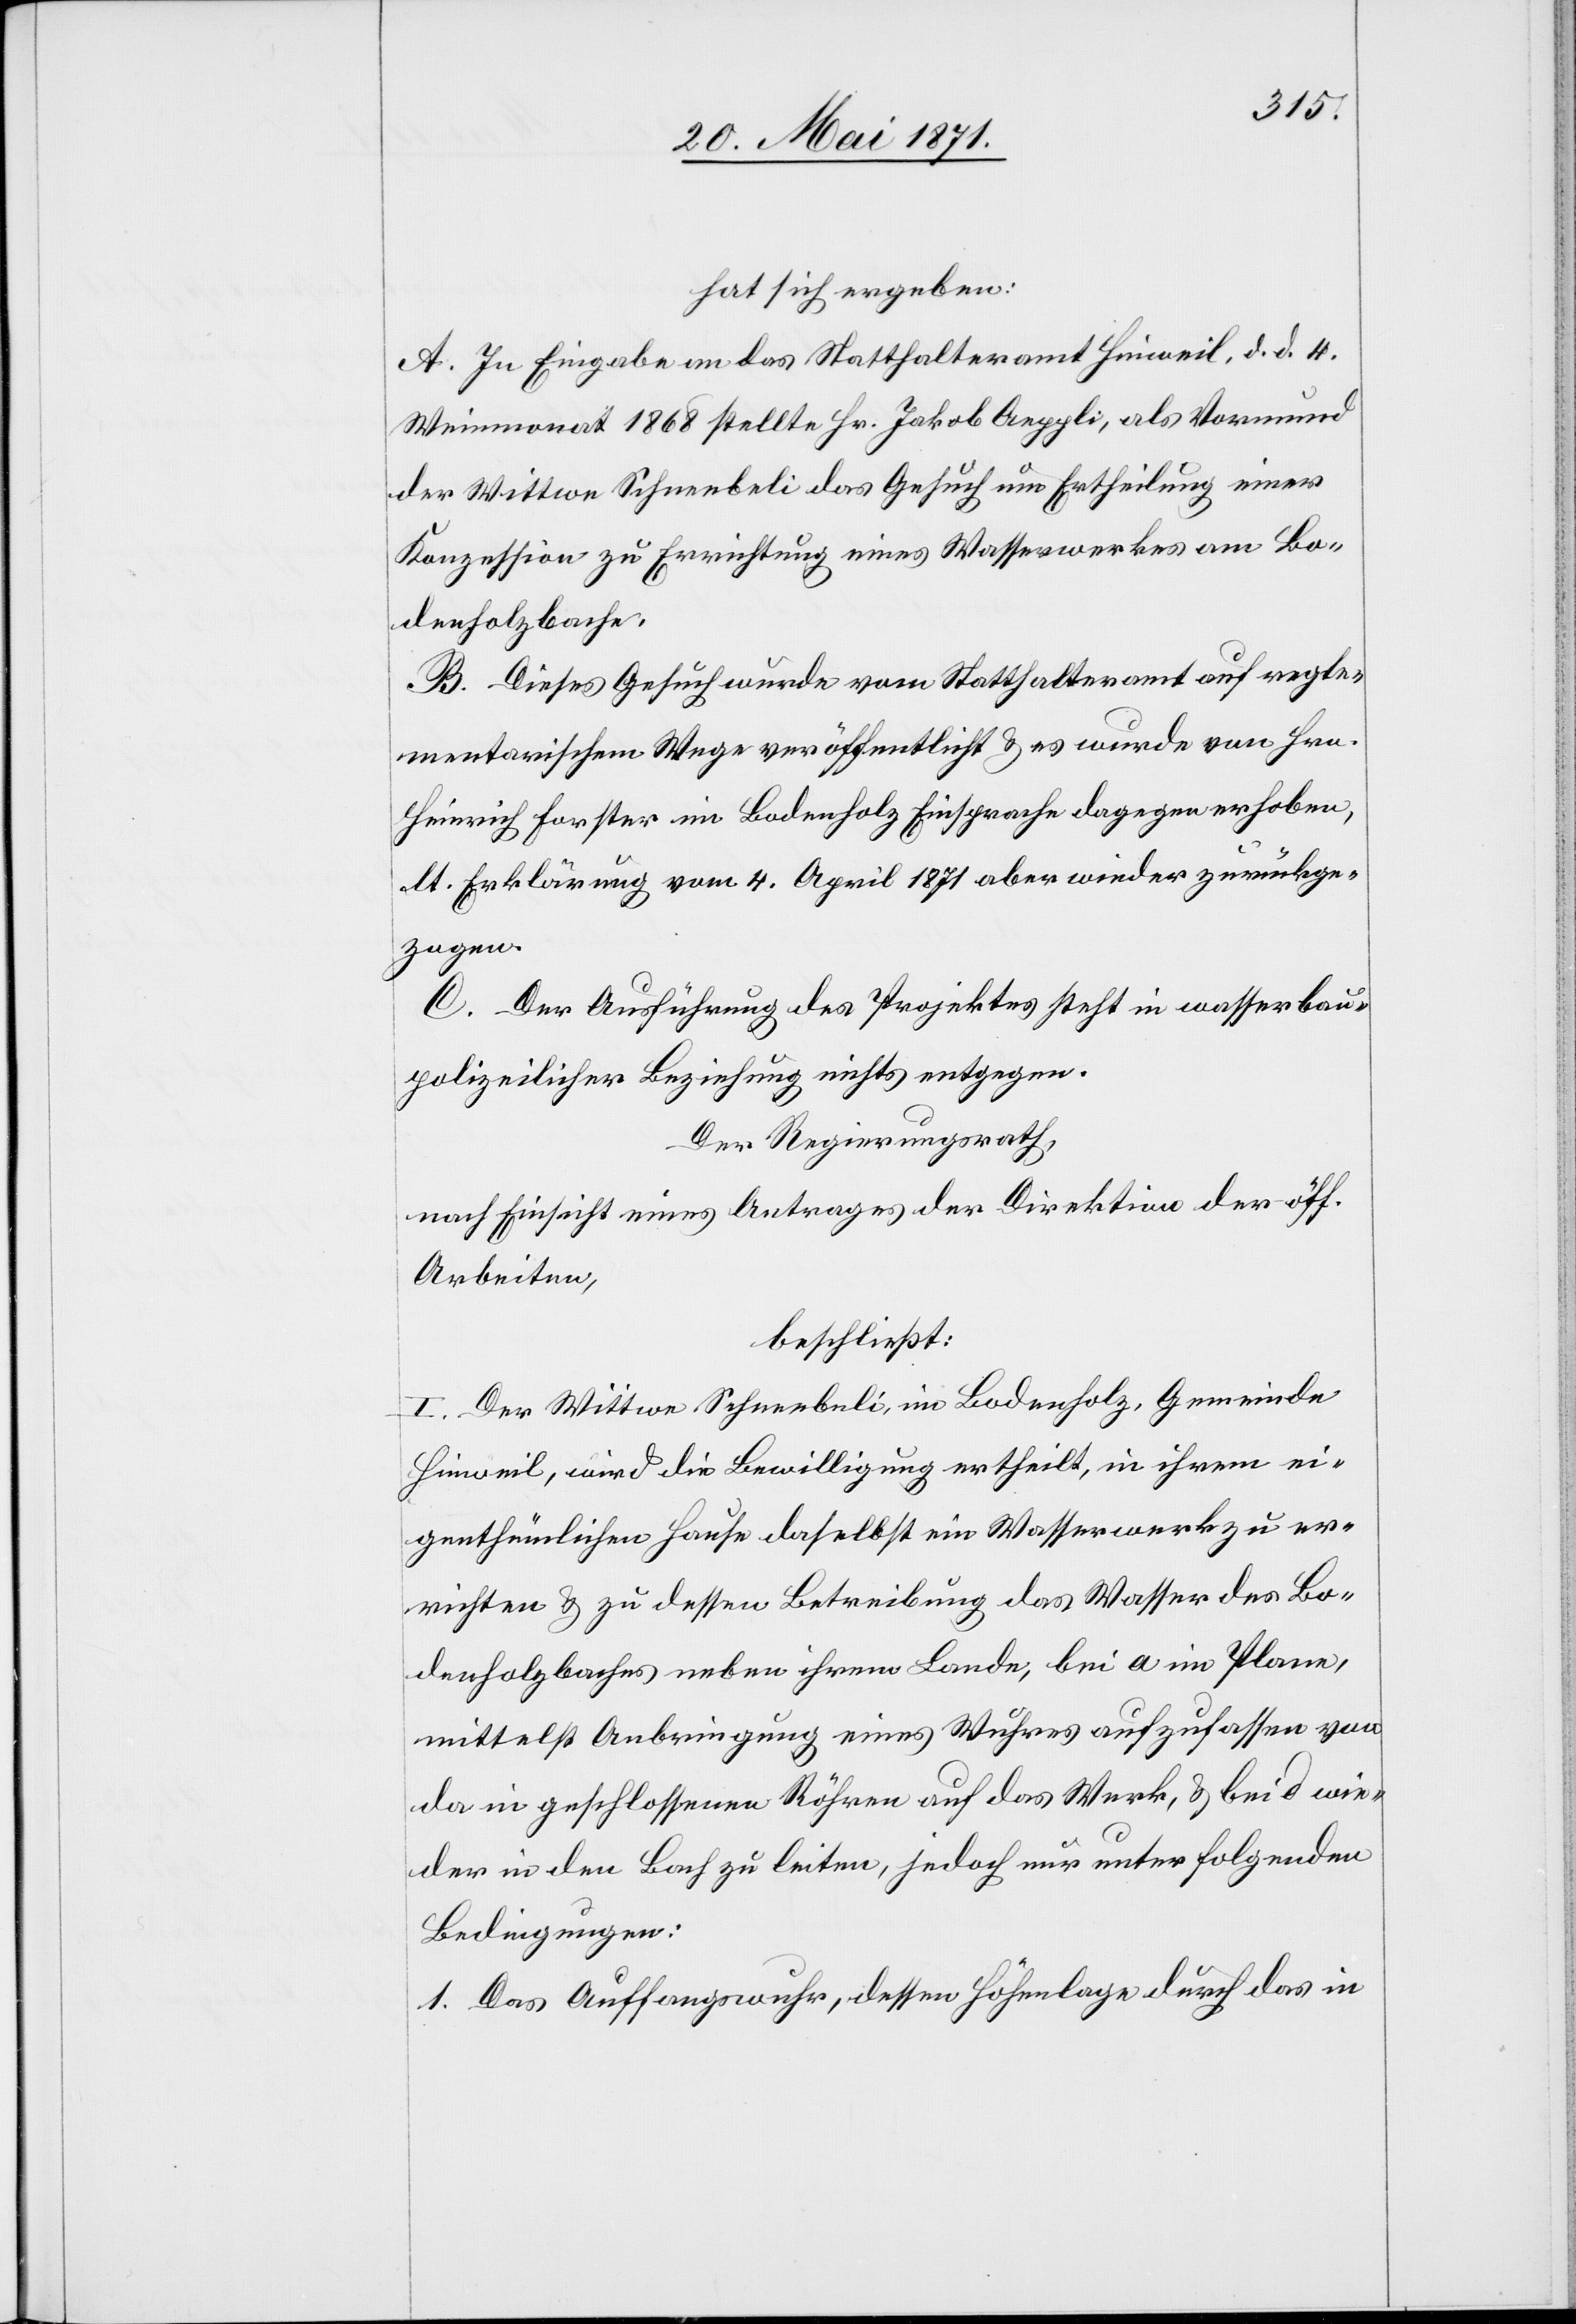
hat sich ergeben:
A. In Eingabe an das Statthalteramt Hinweil, d. d. 4.
Weinmonat 1868 stellte Hr. Jakob Aeppli, als Vormund
der Wittwe Schneebeli das Gesuch um Ertheilung einer
Konzession zu Errichtung eines Wasserwerkes am Bo¬
denholzbache.
B. Dieses Gesuch wurde vom Statthalteramt auf regle¬
mentarischem Wege veröffentlicht u. es wurde von Hrn.
Heinrich Forster im Bodenholz Einsprache dagegen erhoben,
lt. Erklärung vom 4. April 1871 aber wieder zurückge¬
zogen.
C. Der Ausführung des Projektes steht in wasserbau¬
polizeilicher Beziehung nichts entgegen.
Der Regierungsrath
nach Einsicht eines Antrages der Direktion der öff.
Arbeiten,
beschließt:
I. Der Wittwe Schneebeli, im Bodenholz, Gemeinde
Hinweil, wird die Bewilligung ertheilt, in ihrem ei¬
genthümlichen Hause daselbst ein Wasserwerk zu er¬
richten u. zu dessen Betreibung das Wasser des Bo¬
denholzbaches neben ihrem Lande, bei a im Plane,
mittelst Anbringung eins Wuhres aufzufassen von
da in geschlossenen Röhren auf das Werk, u. bei d wie¬
der in den Bach zu leiten, jedoch nur unter folgenden
Bedingungen:
1. Das Auffangswuhr, dessen Höhenlage durch das in